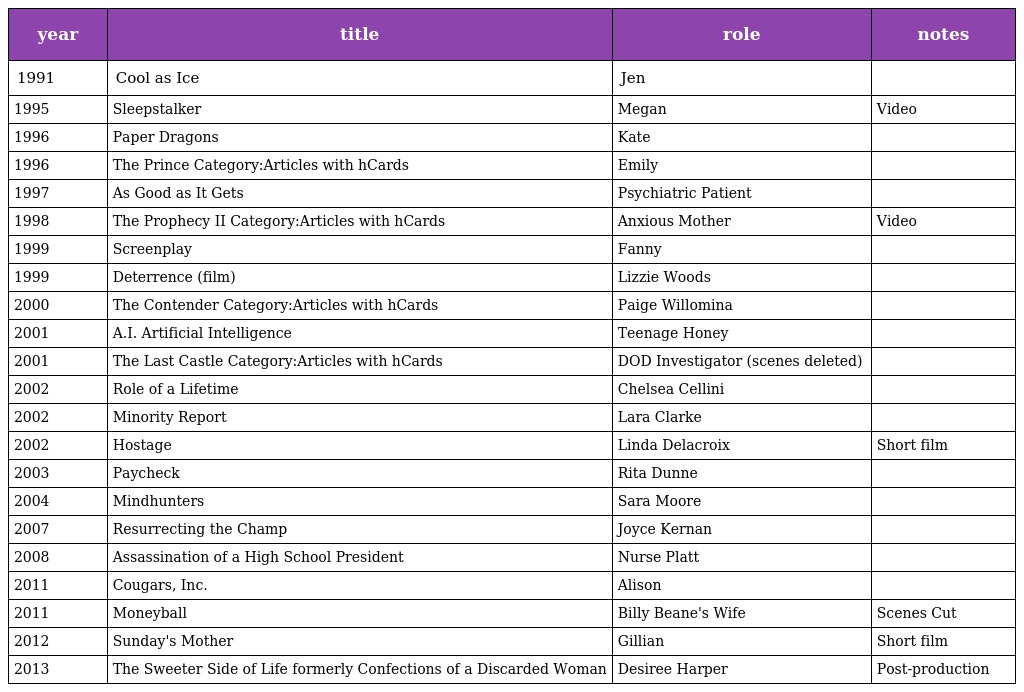
| year | title | role | notes |
 | --- | --- | --- | --- |
 | 1991 | Cool as Ice | Jen |  |
 | 1995 | Sleepstalker | Megan | Video |
 | 1996 | Paper Dragons | Kate |  |
 | 1996 | The Prince Category:Articles with hCards | Emily |  |
 | 1997 | As Good as It Gets | Psychiatric Patient |  |
 | 1998 | The Prophecy II Category:Articles with hCards | Anxious Mother | Video |
 | 1999 | Screenplay | Fanny |  |
 | 1999 | Deterrence (film) | Lizzie Woods |  |
 | 2000 | The Contender Category:Articles with hCards | Paige Willomina |  |
 | 2001 | A.I. Artificial Intelligence | Teenage Honey |  |
 | 2001 | The Last Castle Category:Articles with hCards | DOD Investigator (scenes deleted) |  |
 | 2002 | Role of a Lifetime | Chelsea Cellini |  |
 | 2002 | Minority Report | Lara Clarke |  |
 | 2002 | Hostage | Linda Delacroix | Short film |
 | 2003 | Paycheck | Rita Dunne |  |
 | 2004 | Mindhunters | Sara Moore |  |
 | 2007 | Resurrecting the Champ | Joyce Kernan |  |
 | 2008 | Assassination of a High School President | Nurse Platt |  |
 | 2011 | Cougars, Inc. | Alison |  |
 | 2011 | Moneyball | Billy Beane's Wife | Scenes Cut |
 | 2012 | Sunday's Mother | Gillian | Short film |
 | 2013 | The Sweeter Side of Life formerly Confections of a Discarded Woman | Desiree Harper | Post-production |